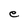
Character: e